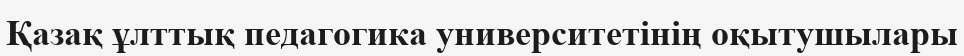
Қазақ ұлттық педагогика университетінің оқытушылары